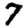
Digit: 7